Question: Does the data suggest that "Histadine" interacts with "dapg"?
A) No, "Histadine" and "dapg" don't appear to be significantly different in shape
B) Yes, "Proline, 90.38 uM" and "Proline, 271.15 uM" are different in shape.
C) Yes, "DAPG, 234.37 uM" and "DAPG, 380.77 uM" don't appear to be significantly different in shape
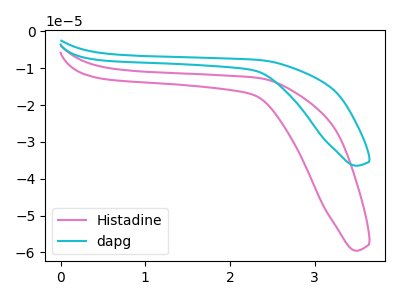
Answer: <think>The pink curve "Histadine" has no peaks. The cyan curve "dapg" has no peaks.
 Neither "Histadine" or "dapg" have any peaks.</think>
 <answer>A) No, "Histadine" and "dapg" don't appear to be significantly different in shape</answer>
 <eval>A</eval>